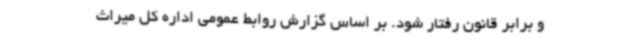
و برابر قانون رفتار شود. بر اساس گزارش روابط عمومی اداره کل میراث